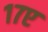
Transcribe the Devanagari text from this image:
१७ए